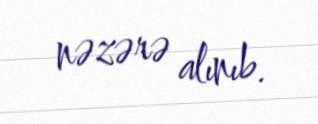
nəzərə alınıb.